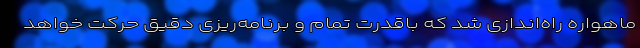
ماهواره راه‌اندازی شد که باقدرت تمام و برنامه‌ریزی دقیق حرکت خواهد